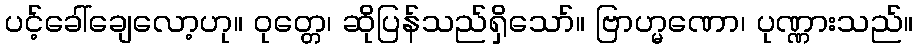
ပင့်ခေါ်ချေလော့ဟု။ ဝုတ္တေ၊ ဆိုပြန်သည်ရှိသော်။ ဗြာဟ္မဏော၊ ပုဏ္ဏားသည်။